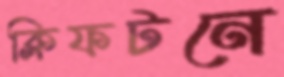
ক্লিফটনে